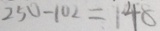
2 5 0 - 1 0 2 = 1 4 8